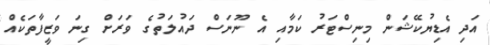
އަދި އެޑިޔުކޭޝަން މިނިސްޓަރު ކަމާއި އެ ނޫނަސް ދައުލަތުގެ ވަރަށް ގިނަ ވަޒީފާތަކެއް